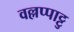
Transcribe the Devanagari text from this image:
वल्लप्पाट्टु